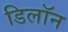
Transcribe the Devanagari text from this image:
डिलॉन